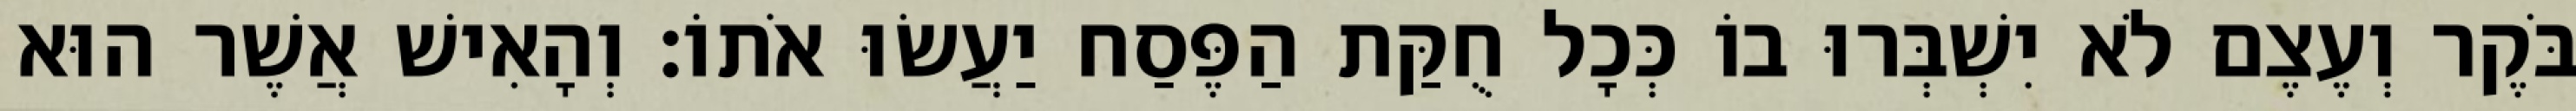
בֹּקֶר וְעֶצֶם לֹא יִשְׁבְּרוּ בוֹ כְּכָל חֻקַּת הַפֶּסַח יַעֲשׂוּ אֹתוֹ׃ וְהָאִישׁ אֲשֶׁר הוּא